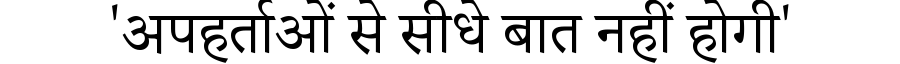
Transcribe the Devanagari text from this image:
'अपहर्ताओं से सीधे बात नहीं होगी'